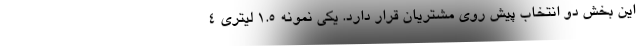
این بخش دو انتخاب پیش روی مشتریان قرار دارد. یکی نمونه 1.5 لیتری 4